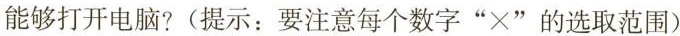
能够打开电脑？(提示：要注意每个数字”×”的取值范围）